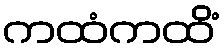
ကထံကထိံ